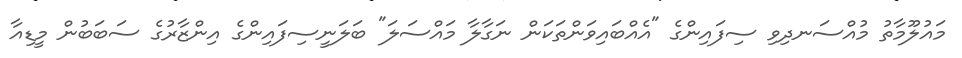
މައުލޫމާތު މުއްސަނދިވި ސިފައިންގެ "އެއްބައިވަންތަކަން ނަގާލާ މައްސަލަ" ބަލަނީސިފައިންގެ އިންޒާރުގެ ސަބަބުން މީޑިއާ